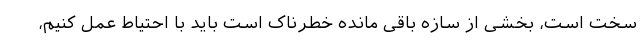
سخت است، بخشی از سازه باقی مانده خطرناک است باید با احتیاط عمل کنیم،